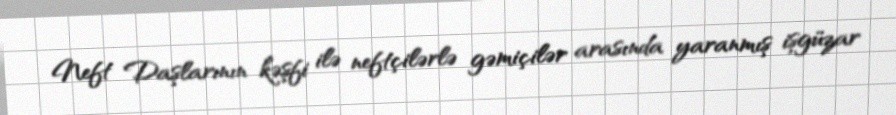
Neft Daşlarının kəşfi ilə neftçilərlə gəmiçilər arasında yaranmış işgüzar